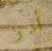
أدر